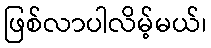
ဖြစ်လာပါလိမ့်မယ်၊